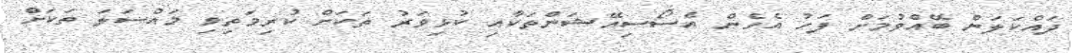
ދައްކަލަން ބޭއްވުމަށް ފަހު އެހެން އެސޯސިއޭޝަންތަކާއި ކުޅިވަރު ތަކަށް ކުރިމަތިވި މައްސަލަ ތަކަށް